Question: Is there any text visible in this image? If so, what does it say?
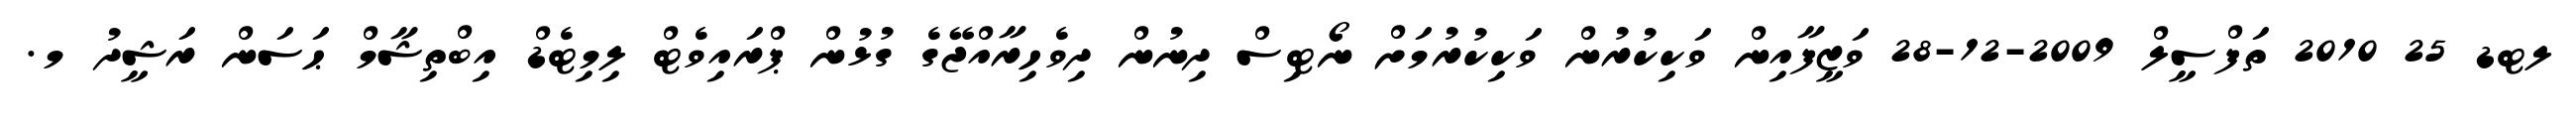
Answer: ލޓޑ 25 2010 ތަފްސީލް 2009-12-28 ވަޒީފާއިން ވަކިކުރުން ވަކިކުރުމަށް ނޯޓިސް ދިނުން ދިވެހިރާއްޖޭގެ ގުޅުން ޕްރައިވެޓް ލިމިޓެޑް އިބްތިޝާމް ޙަސަން ރަޝީދު މ.